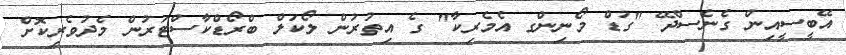
އޭބީސީއިން ގެނެސްދޭ "ގުޑް މޯނިންގ އެމެރިކާ" ގެ އިތުރުން ލޯކަލް ބްރޯޑްކާސްޓަރުން މެދުވެރިކޮށް